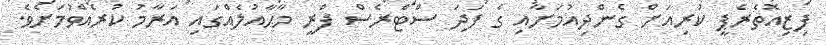
ފިޒިއޮތެރެޕީ ކުރިއަށް ގެންދިއުމަށާއި ގެ ފަދަ ސްޓްރެސް ފްރީ މާޙާއުލެއްގައި އަރާމު ކުރެއްވުމަށެވެ.